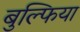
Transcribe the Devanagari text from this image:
बुल्फिया